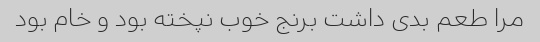
مرا طعم بدی داشت برنج خوب نپخته بود و خام بود